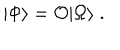
| \Phi \rangle = { \cal O } | \Omega \rangle \; .